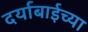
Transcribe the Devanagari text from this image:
दर्याबाईच्या